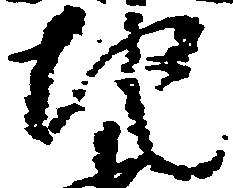
地